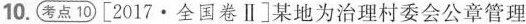
10.考点10\begin{bmatrix} 2017·全国卷Ⅱ \end{bmatrix} 某地为治理村委会公章管理